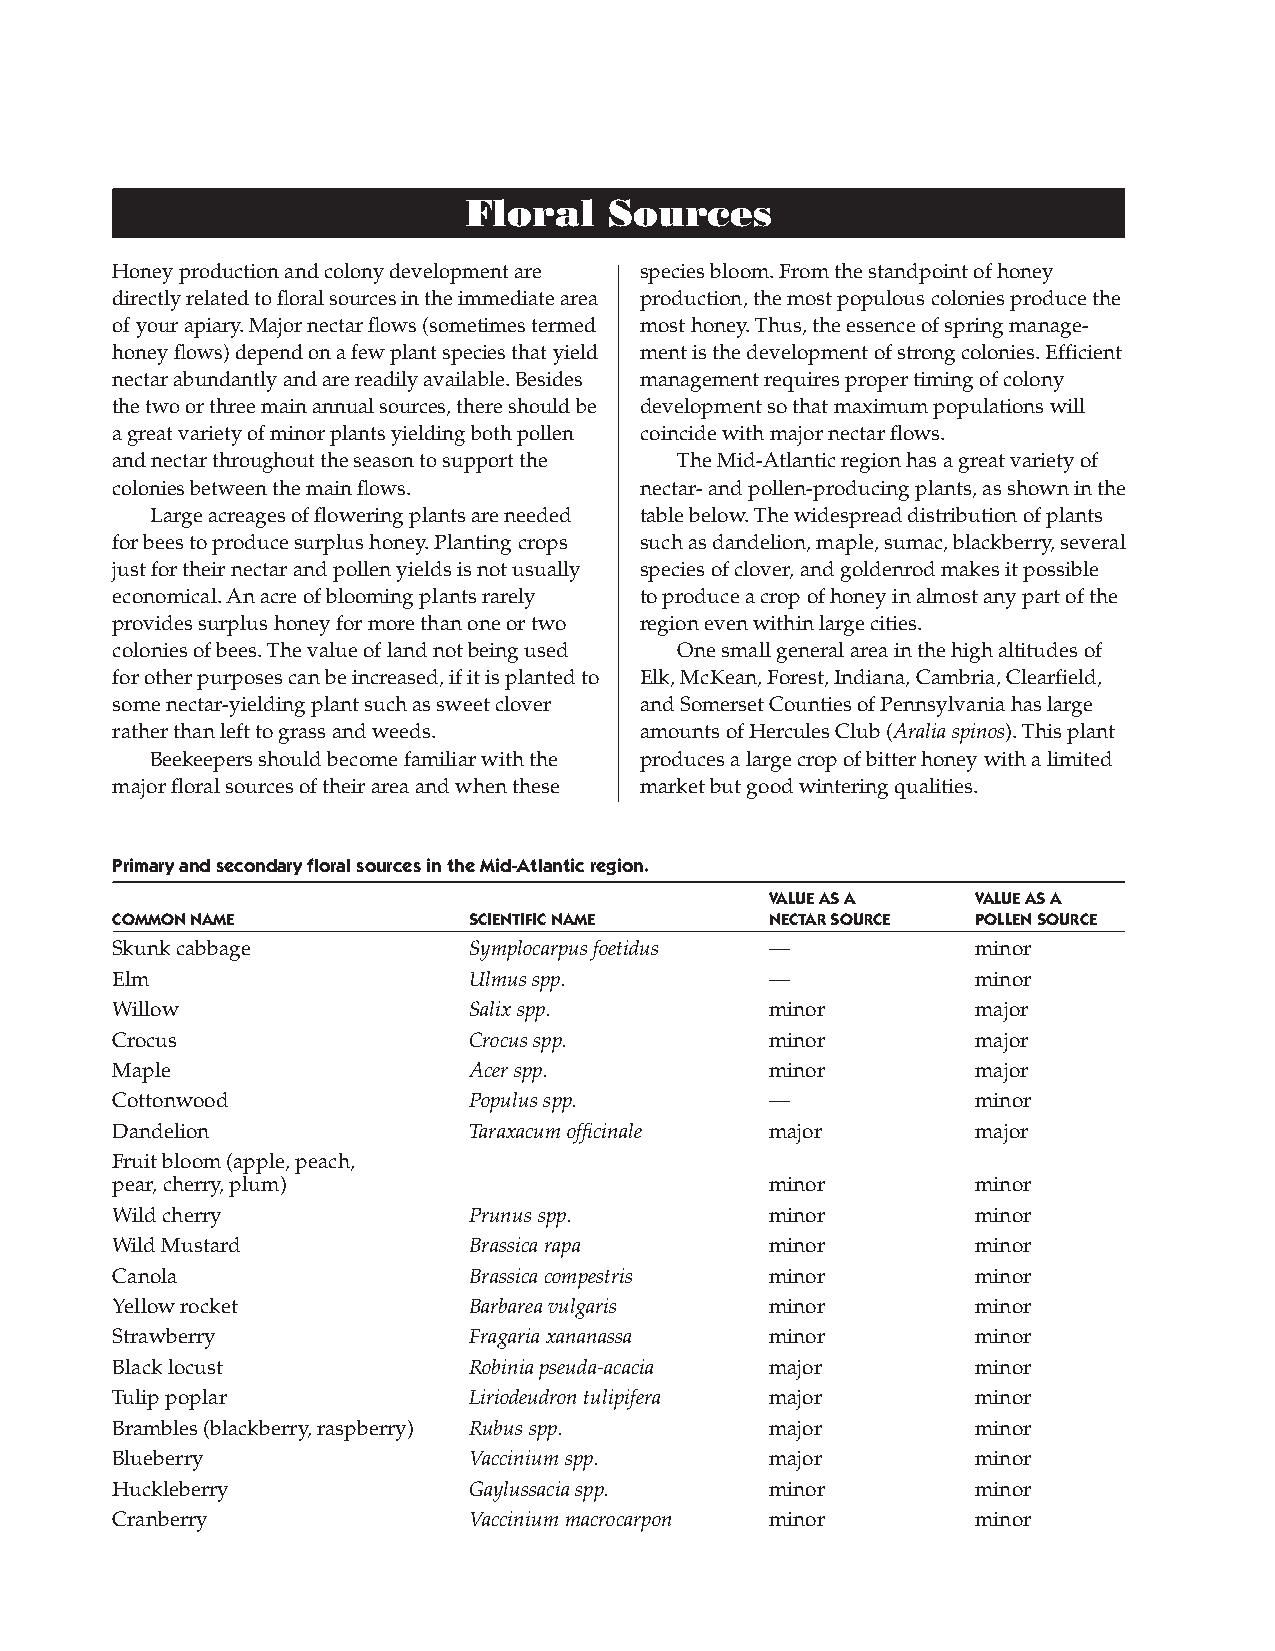
Floral   Sources
 Honey production and colony development are species bloom. From the standpoint of honey
 directly related to floral sources in the immediate area production, the most populous colonies produce the
 of your apiary. Major nectar flows (sometimes termed most honey. Thus, the essence of spring manage-
 honey flows) depend on a few plant species that yield ment is the development of strong colonies. Efficient
 nectar abundantly and are readily available. Besides management requires proper timing of colony
 the two or three main annual sources, there should be development so that maximum populations will
 a great variety of minor plants yielding both pollen coincide with major nectar flows.
 and nectar throughout the season to support the The Mid-Atlantic region has a great variety of
 colonies between the main flows.   nectar- and pollen-producing plants, as shown in the
 Large acreages of flowering plants are needed table below. The widespread distribution of plants
 for bees to produce surplus honey. Planting crops such as dandelion, maple, sumac, blackberry, several
 just for their nectar and pollen yields is not usually species of clover, and goldenrod makes it possible
 economical. An acre of blooming plants rarely to produce a crop of honey in almost any part of the
 provides surplus honey for more than one or two region even within large cities.
 colonies of bees. The value of land not being used One small general area in the high altitudes of
 for other purposes can be increased, if it is planted to Elk, McKean, Forest, Indiana, Cambria, Clearfield,
 some nectar-yielding plant such as sweet clover and Somerset Counties of Pennsylvania has large
 rather than left to grass and weeds. amounts of Hercules Club (Aralia spinos). This plant
 Beekeepers should become familiar with the produces a large crop of bitter honey with a limited
 major floral sources of their area and when these market but good wintering qualities.
 Primary and secondary floral sources in the Mid-Atlantic region.
 vAlUE AS A    vAlUE AS A
 COMMOn nAME             SCIEnTIFIC nAME     nECTAr SOUrCE POllEn SOUrCE
 Skunk cabbage           Symplocarpus foetidus —           minor
 Elm                     Ulmus spp.          —             minor
 Willow                  Salix spp.          minor         major
 Crocus                  Crocus spp.         minor         major
 Maple                   Acer spp.           minor         major
 Cottonwood              Populus spp.        —             minor
 Dandelion               Taraxacum officinale major        major
 Fruit bloom (apple, peach,
 pear, cherry, plum)                         minor         minor
 Wild cherry             Prunus spp.         minor         minor
 Wild Mustard            Brassica rapa       minor         minor
 Canola                  Brassica compestris minor         minor
 Yellow rocket           Barbarea vulgaris   minor         minor
 Strawberry              Fragaria xananassa  minor         minor
 Black locust            Robinia pseuda-acacia major       minor
 Tulip poplar            Liriodeudron tulipifera major     minor
 Brambles (blackberry, raspberry) Rubus spp. major         minor
 Blueberry               Vaccinium spp.      major         minor
 Huckleberry             Gaylussacia spp.    minor         minor
 Cranberry               Vaccinium macrocarpon minor       minor